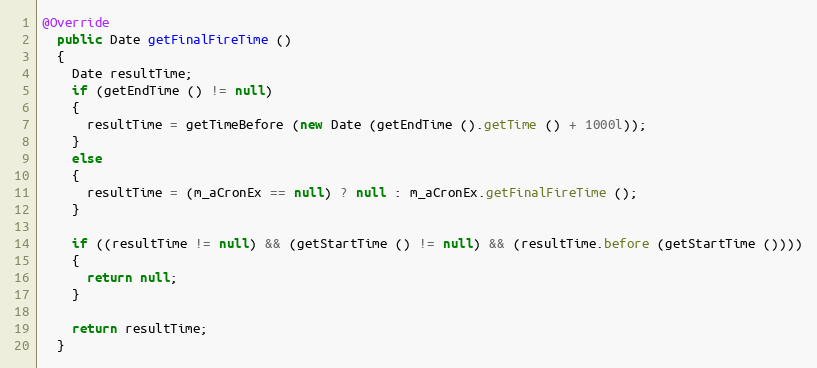
Language: Java
@Override
  public Date getFinalFireTime ()
  {
    Date resultTime;
    if (getEndTime () != null)
    {
      resultTime = getTimeBefore (new Date (getEndTime ().getTime () + 1000l));
    }
    else
    {
      resultTime = (m_aCronEx == null) ? null : m_aCronEx.getFinalFireTime ();
    }

    if ((resultTime != null) && (getStartTime () != null) && (resultTime.before (getStartTime ())))
    {
      return null;
    }

    return resultTime;
  }